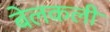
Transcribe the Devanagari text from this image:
बेलकली